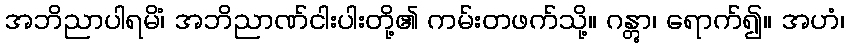
အဘိညာပါရမိံ၊ အဘိညာဏ်ငါးပါးတို့၏ ကမ်းတဖက်သို့။ ဂန္တွာ၊ ရောက်၍။ အဟံ၊